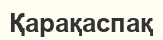
Қарақаспақ